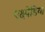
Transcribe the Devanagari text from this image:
एक्ष्पेडिया